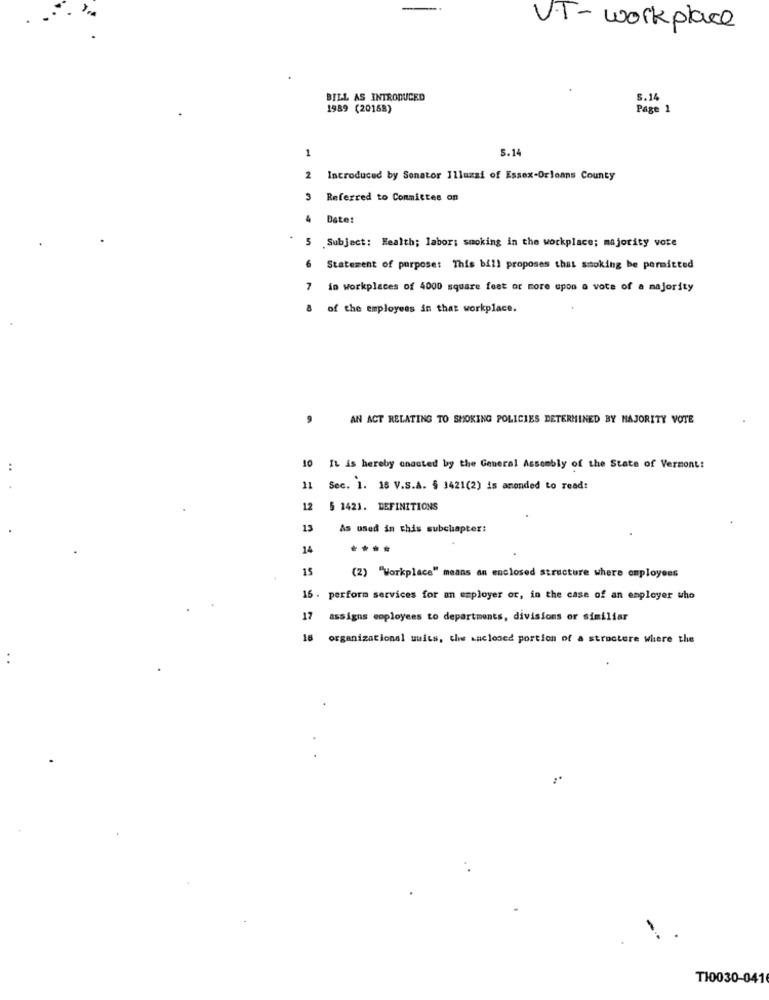
VT-workplace
BILL AS INTRODUCED
5.14
1989 (20168)
Page 1
1
5.14
2
Introduced by Sonator Illuzzi of Essex-Orleans County
3 Referred to Committee on
4
Date:
5 .Subject: Health; labor: smoking in the workplace; majority vote
6
Statement of purpose: This bill proposes that smoking be permitted
7
in workplaces of 4000 square feet or more upon a vote of a majority
of the employees in that workplace.
9
AN ACT RELATING TO SMOKING POLICIES DETERMINED BY MAJORITY VOTE
10 It is hereby anacted by the General Assembly of the State of Vermont:
11
Sec. 1. 18 V.S.A. § 1421(2) is amended to read:
12 5 1421. DEFINITIONS
13
As used in this subchapter:
14
....
15
(2) "Workplace" means an enclosed structure where employees
16 . perform services for an employer or, in the case of an employer who
17
assigns coployees to departments, divisions or similiar
18
organizational suits, the enclosed portion of a structure where the
:
TI0030-041